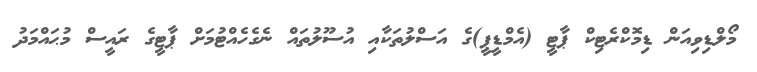
މޯލްޑިވިއަން ޑިމޮކްރެޓިކް ޕާޓީ (އެމްޑީޕީ)ގެ އަސްލުތަކާއި އުސޫލުތައް ނެގެހެއްޓުމަށް ޕާޓީގެ ރައީސް މުޙައްމަދު